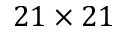
2 1 \times 2 1